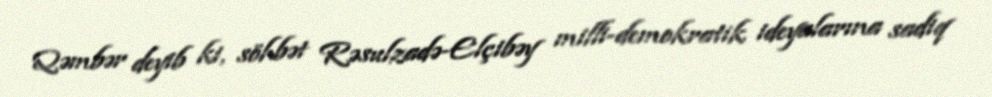
Qəmbər deyib ki, söhbət Rəsulzadə-Elçibəy milli-demokratik ideyalarına sadiq